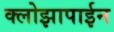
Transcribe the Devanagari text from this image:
क्लोझापाईन